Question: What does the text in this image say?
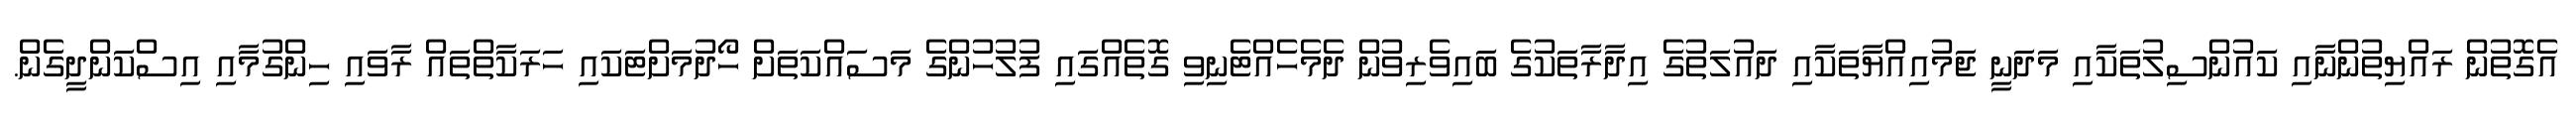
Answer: އެގޮތުން ރައްޔިތުންނާއި ކައުންސިލުތަކާއި މަދަނީ ޖަމުއިއްޔާތަކާއި ދައުލަތުގެ އިދާރާތަކުގެ ބައިވެރިވުން ދެމެހެއްޓެނިވި ގޮތެއްގައި ފުލުހުންގެ މަސައްކަތަށް ހޯދުމަށްޓަކައި ހަރަކާތްތައް ރާވައި ހިންގުމާއި އިސްކަންދީގެން.